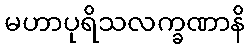
မဟာပုရိသလက္ခဏာနိ